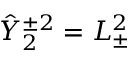
\hat { Y } _ { 2 } ^ { \pm 2 } = L _ { \pm } ^ { 2 }